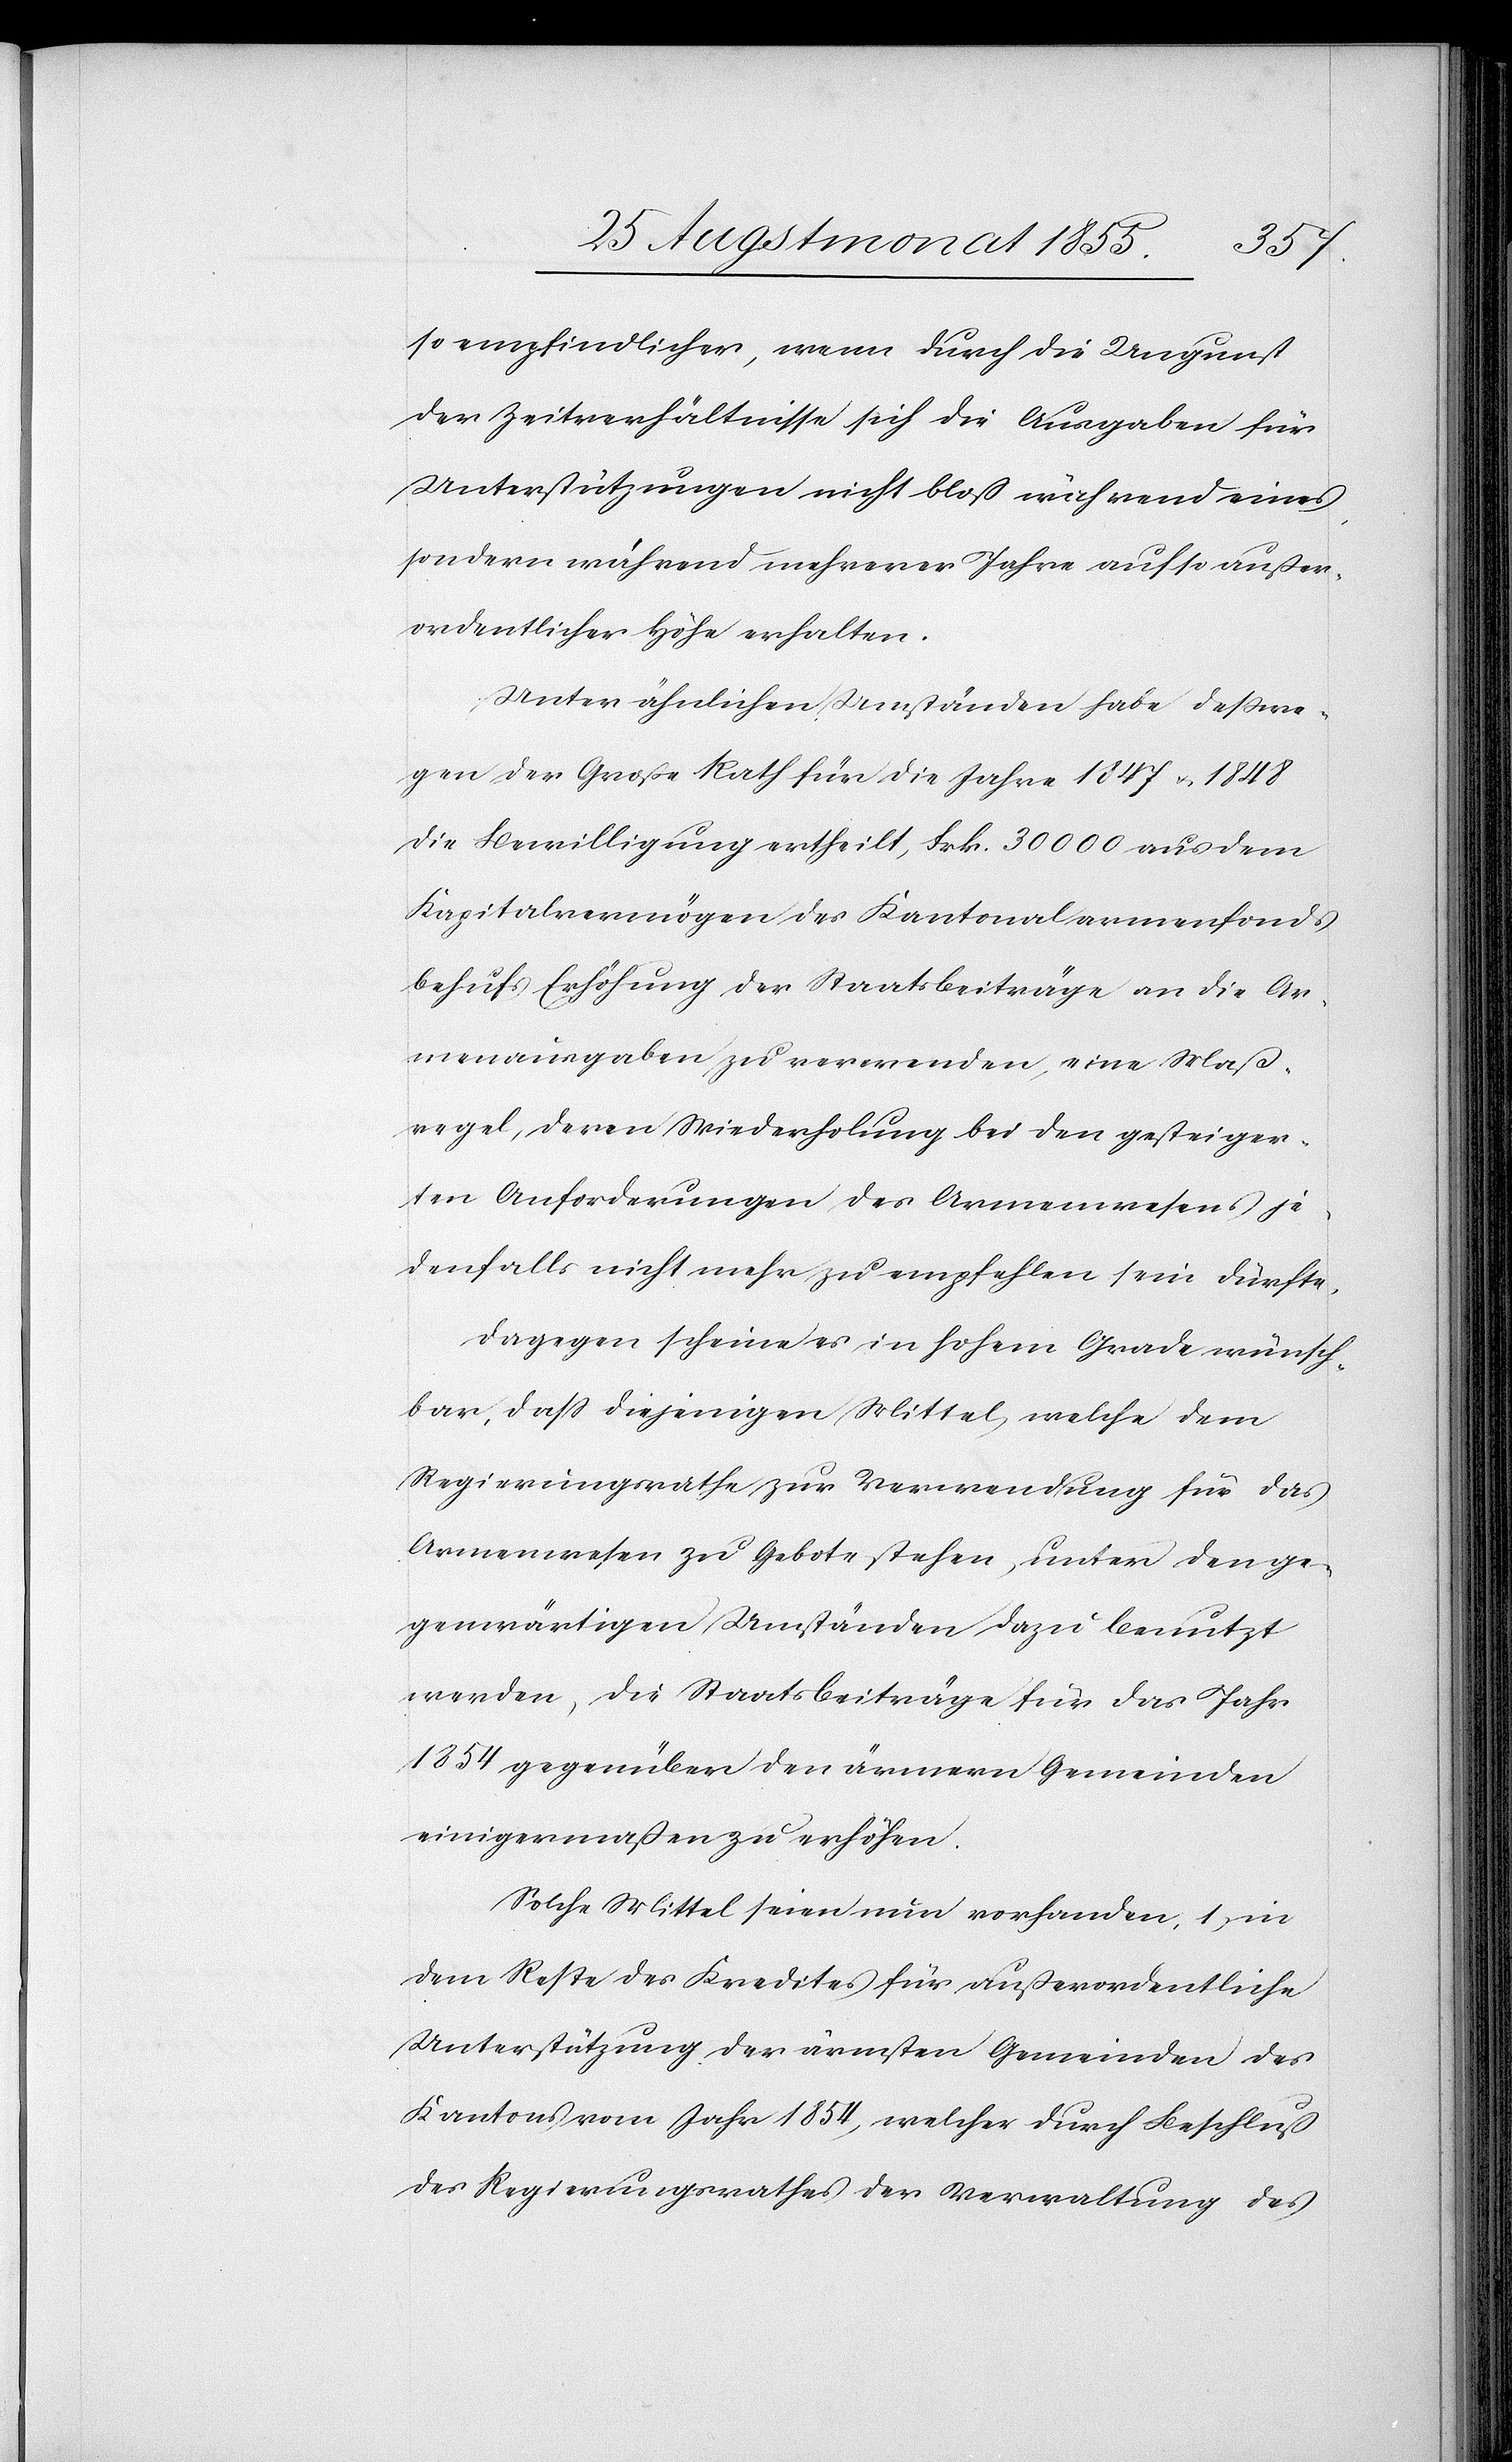
so empfindlicher, wenn durch die Ungunst
der Zeitverhältnisse sich die Ausgaben für
Unterstützungen nicht bloß während eines,
sondern während mehrerer Jahre auf so außer¬
ordentlicher Höhe erhalten.
Unter ähnlichen Umständen habe deßwe¬
gen der Große Rath für die Jahre 1847 & 1848
die Bewilligung ertheilt, Frk. 30 000 aus dem
Kapitalvermögen des Kantonalarmenfonds
behufs Erhöhung der Staatsbeiträge an die Ar¬
menausgaben zu verwenden, eine Maß¬
regel, deren Wiederholung bei den gesteiger¬
ten Anforderungen des Armenwesens je¬
denfalls nicht mehr zu empfehlen sein dürfte.
Dagegen scheine es in hohem Grade wünsch¬
bar, dass diejenigen Mittel, welche dem
Regierungsrathe zur Verwendung für das
Armenwesen zu Gebote stehen, unter den ge¬
genwärtigen Umständen dazu benutzt
werden, die Staatsbeiträge für das Jahr
1854 gegenüber den ärmern Gemeinden
einigermaßen zu erhöhen.
Solche Mittel seien nun vorhanden, 1) in
dem Reste des Kredites für außerordentliche
Unterstützung der ärmsten Gemeinden des
Kantons vom Jahr 1854, welcher durch Beschluß
des Regierungsrathes der Verwaltung des